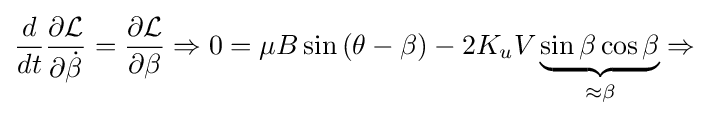
{\frac {d}{dt}}{\frac {\partial {\mathcal {L}}}{\partial {\dot {\beta }}}}={\frac {\partial {\mathcal {L}}}{\partial \beta }}\Rightarrow 0=\mu B\sin {(\theta -\beta )}-2K_{u}V\underbrace {\sin \beta \cos \beta } _{\approx \beta }\Rightarrow